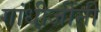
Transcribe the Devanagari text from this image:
गांधी़जींनी